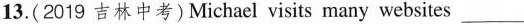
13.(2019 吉林中考)Michael visits many websites ___